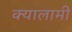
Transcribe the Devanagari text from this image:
क्यालामी